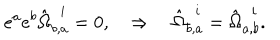
e ^ { a } e ^ { b } \hat { \Omega } _ { b , a } ^ { ~ ~ i } = 0 , \quad \Rightarrow \quad \hat { \Omega } _ { b , a } ^ { ~ ~ i } = \hat { \Omega } _ { a , b } ^ { ~ ~ i } .